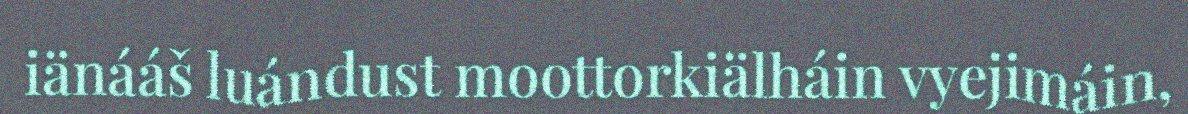
iänááš luándust moottorkiälháin vyejimáin,